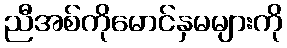
ညီအစ်ကိုမောင်နှမများကို